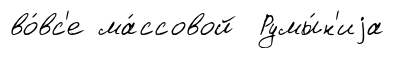
во́вс'е ма́ссовой Румы́н'иjа